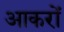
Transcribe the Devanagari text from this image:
आकरों